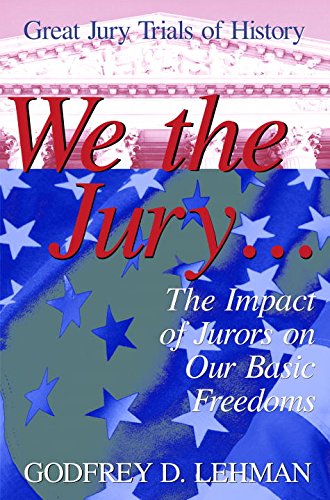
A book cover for We the Jury: The Impact of Jurors on Our Basic Freedoms : Great Jury Trials of History; Godfrey D. Lehman; Law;